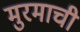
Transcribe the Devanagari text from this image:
मुरमाची